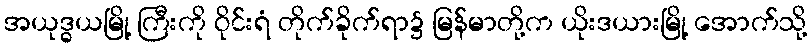
အယုဒ္ဓယမြို့ ကြီးကို ဝိုင်းရံ တိုက်ခိုက်ရာ၌ မြန်မာတို့က ယိုးဒယားမြို့ အောက်သို့